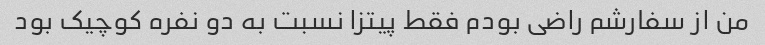
من از سفارشم راضی بودم فقط پیتزا نسبت به دو نفره کوچیک بود